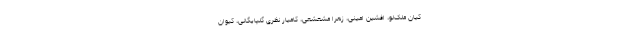
کیان ملک‌لو، افشین امینی، زهرا مشعشعی، کامیار نظری گلپایگانی، کیوان